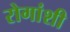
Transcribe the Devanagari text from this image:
रोगांशी